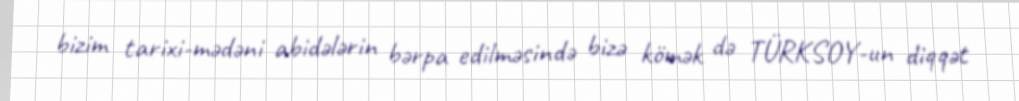
bizim tarixi-mədəni abidələrin bərpa edilməsində bizə kömək də TÜRKSOY-un diqqət